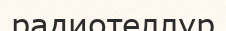
радиотеллур